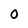
Character: 0